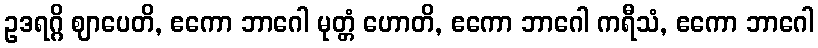
ဥဒရဂ္ဂိ ဈာပေတိ, ဧကော ဘာဂေါ မုတ္တံ ဟောတိ, ဧကော ဘာဂေါ ကရီသံ, ဧကော ဘာဂေါ